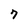
Character: 7